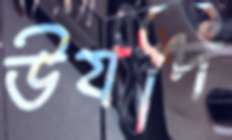
উযদি